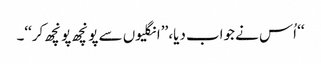
‘‘ اُس نے جواب دیا، ’’انگلیوں سے پونچھ پونچھ کر‘‘۔